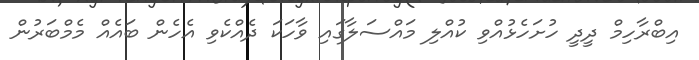
އިބްރާހިމް ދީދީ ހުށަހެޅުއްވި ކުއްލި މައްސަލާގައި ވާހަކަ ދެއްކެވި އެހެން ބައެއް މެމްބަރުން